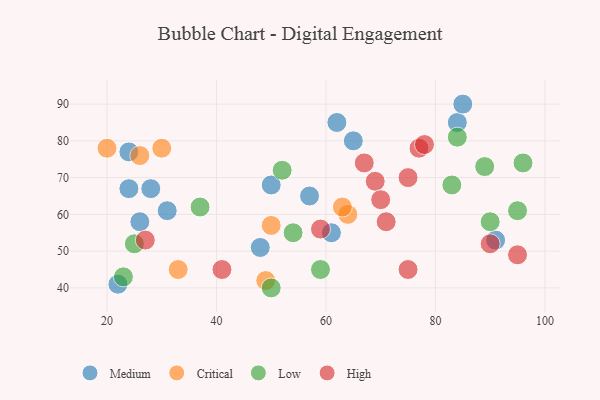
{"axis": {"x": "GDP", "y": "Life Expectancy"}, "legend": ["Critical", "High", "Low", "Medium"], "data": [{"x": "65", "y": 80, "type": "Medium"}, {"x": "22", "y": 41, "type": "Medium"}, {"x": "84", "y": 85, "type": "Medium"}, {"x": "28", "y": 67, "type": "Medium"}, {"x": "57", "y": 65, "type": "Medium"}, {"x": "24", "y": 77, "type": "Medium"}, {"x": "48", "y": 51, "type": "Medium"}, {"x": "91", "y": 53, "type": "Medium"}, {"x": "61", "y": 55, "type": "Medium"}, {"x": "26", "y": 58, "type": "Medium"}, {"x": "50", "y": 68, "type": "Medium"}, {"x": "24", "y": 67, "type": "Medium"}, {"x": "31", "y": 61, "type": "Medium"}, {"x": "85", "y": 90, "type": "Medium"}, {"x": "62", "y": 85, "type": "Medium"}, {"x": "49", "y": 42, "type": "Critical"}, {"x": "30", "y": 78, "type": "Critical"}, {"x": "20", "y": 78, "type": "Critical"}, {"x": "64", "y": 60, "type": "Critical"}, {"x": "50", "y": 57, "type": "Critical"}, {"x": "26", "y": 76, "type": "Critical"}, {"x": "33", "y": 45, "type": "Critical"}, {"x": "63", "y": 62, "type": "Critical"}, {"x": "95", "y": 61, "type": "Low"}, {"x": "54", "y": 55, "type": "Low"}, {"x": "25", "y": 52, "type": "Low"}, {"x": "23", "y": 43, "type": "Low"}, {"x": "83", "y": 68, "type": "Low"}, {"x": "37", "y": 62, "type": "Low"}, {"x": "84", "y": 81, "type": "Low"}, {"x": "89", "y": 73, "type": "Low"}, {"x": "50", "y": 40, "type": "Low"}, {"x": "52", "y": 72, "type": "Low"}, {"x": "59", "y": 45, "type": "Low"}, {"x": "90", "y": 58, "type": "Low"}, {"x": "96", "y": 74, "type": "Low"}, {"x": "59", "y": 56, "type": "High"}, {"x": "75", "y": 45, "type": "High"}, {"x": "77", "y": 78, "type": "High"}, {"x": "67", "y": 74, "type": "High"}, {"x": "78", "y": 79, "type": "High"}, {"x": "69", "y": 69, "type": "High"}, {"x": "41", "y": 45, "type": "High"}, {"x": "90", "y": 52, "type": "High"}, {"x": "71", "y": 58, "type": "High"}, {"x": "27", "y": 53, "type": "High"}, {"x": "95", "y": 49, "type": "High"}, {"x": "70", "y": 64, "type": "High"}, {"x": "75", "y": 70, "type": "High"}]}